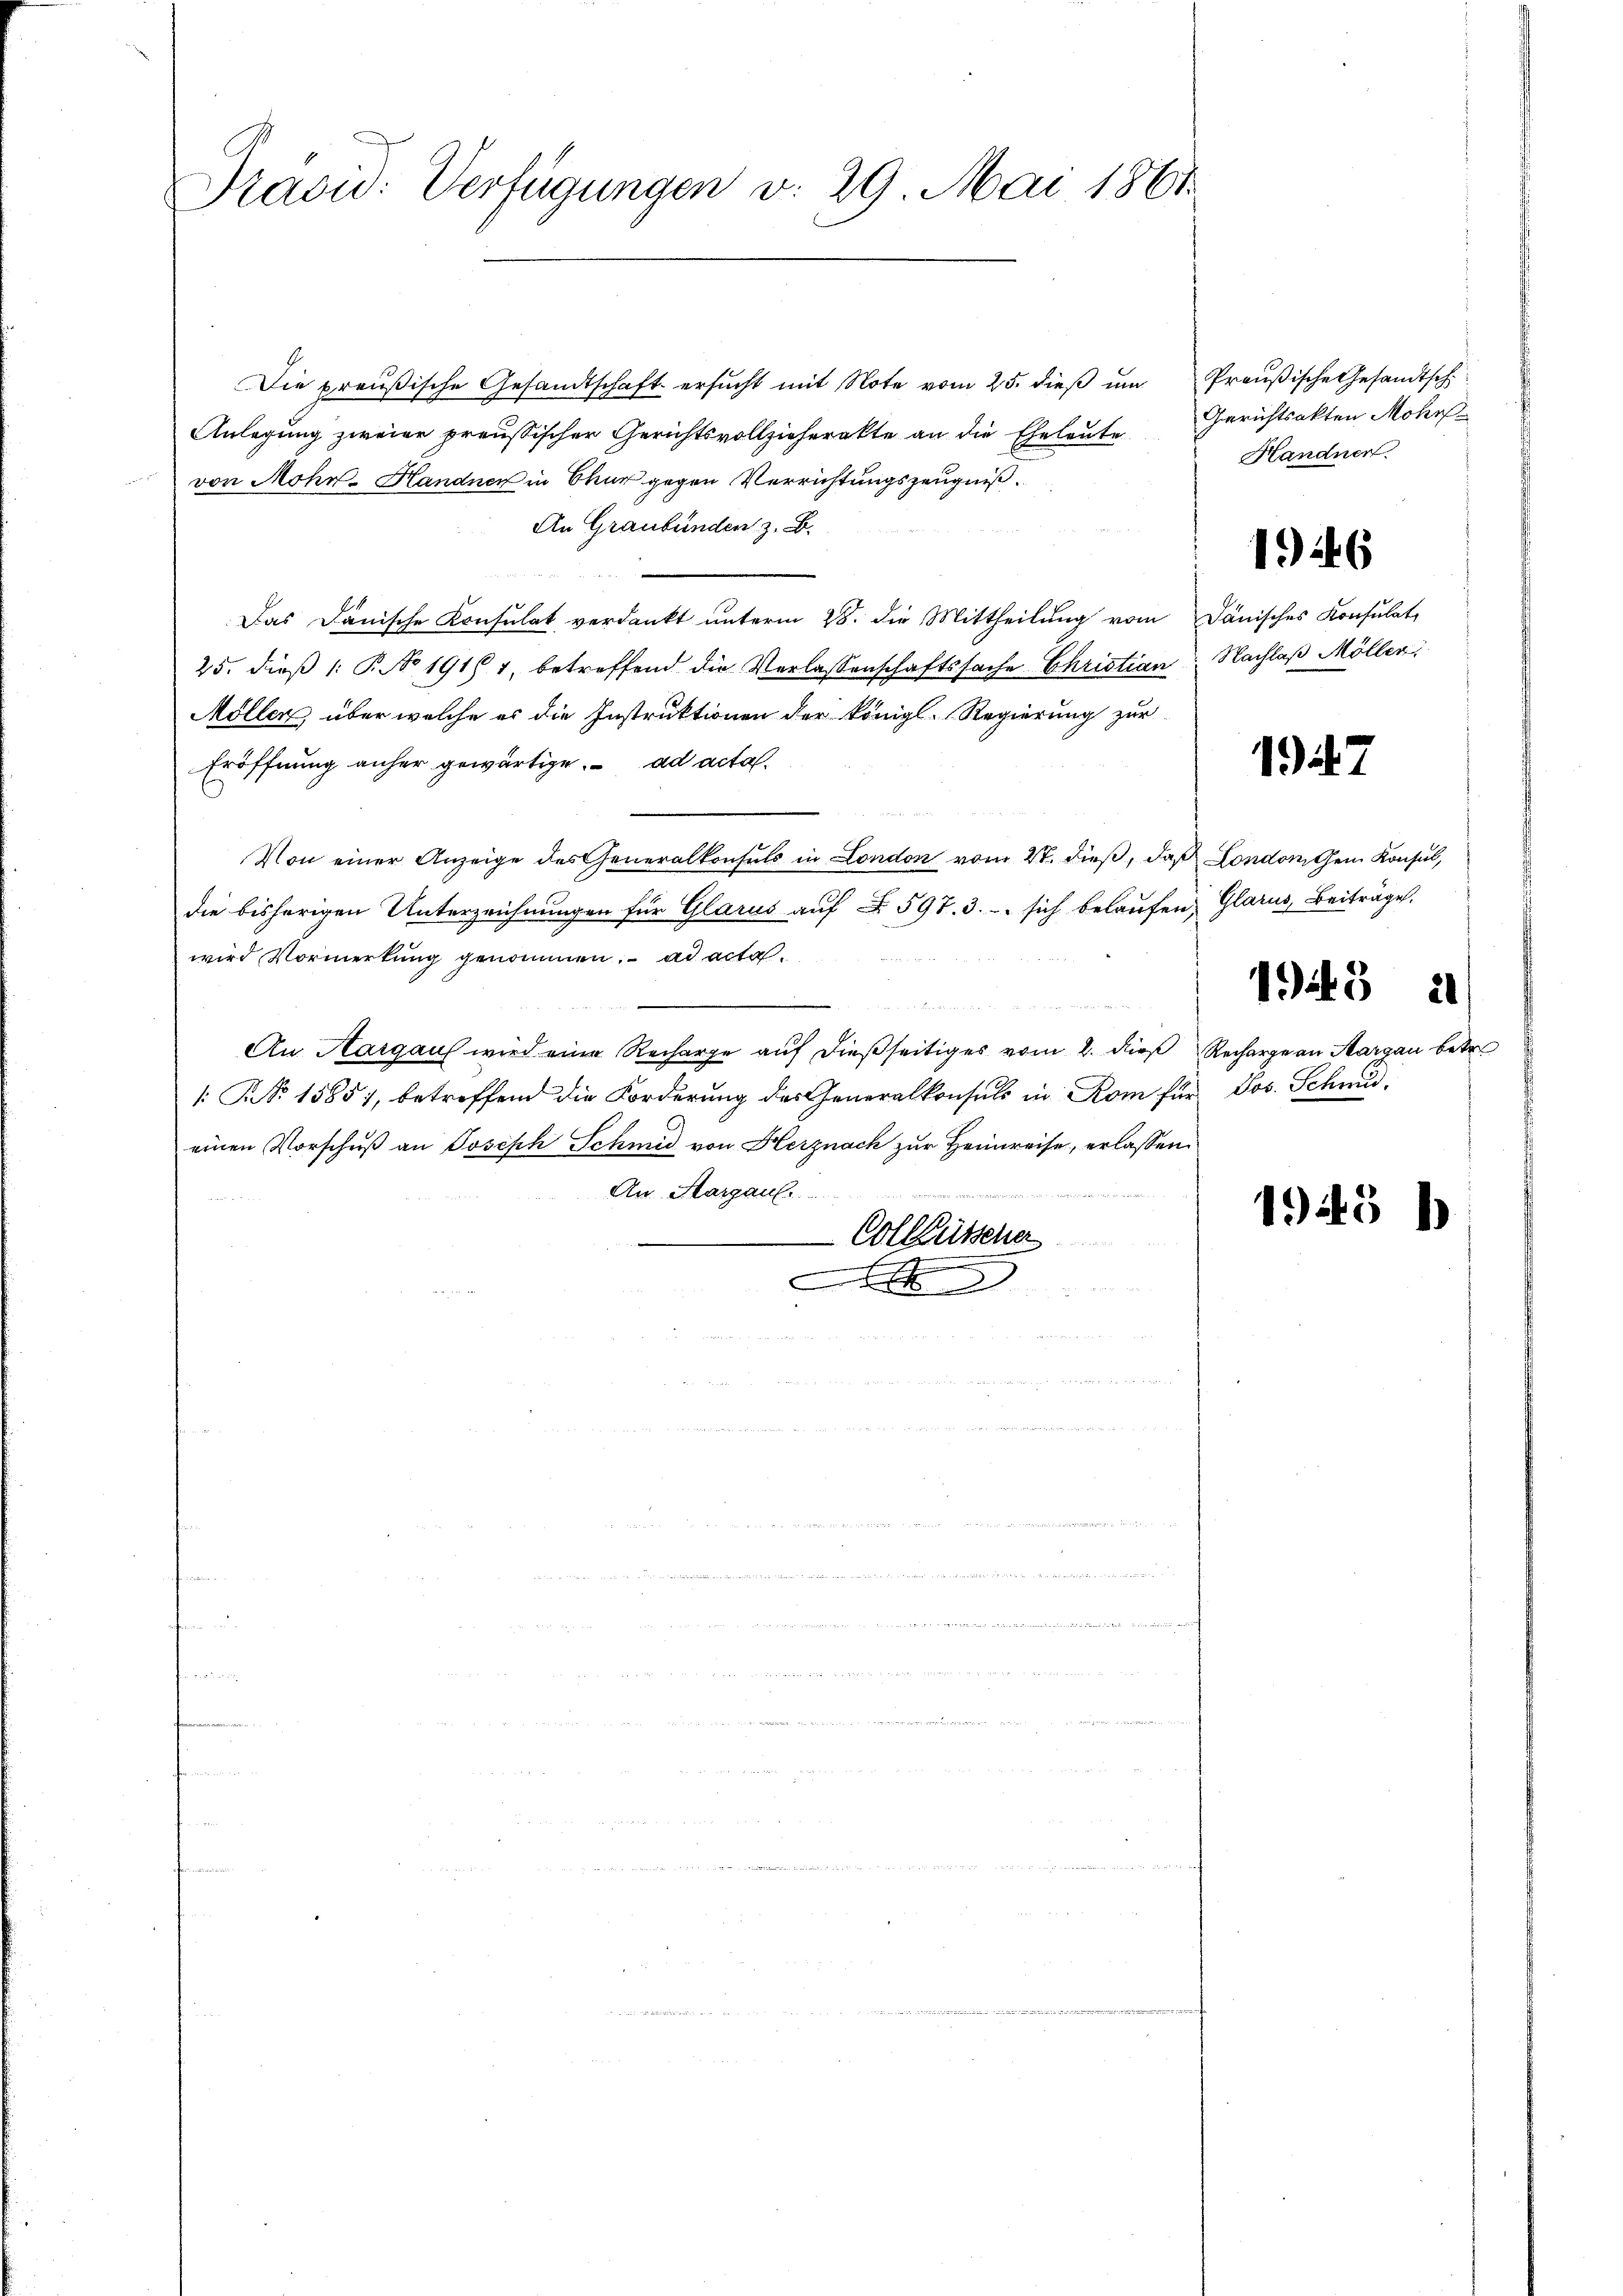
Die preußische Gesandtschaft ersŭcht mit Note vom 25. dieβ ŭm Preußische Gesandtsch
Anlegung zweier preussischer Gerichtsvollzieherakte an die Eheleute
von Mohn- Handner in Chur gegen Verrichtungszeugniß.
An Graubünden z. B.
Das Dänische Konsulat verdankt unterm 28. die Mittheilung vom dänisches Konsulat,
25. dieß 1: P. No 1911, betreffend die Verlassenschaftssache Christian Nachlaβ Möller
Möller über welche es die Instruktionen der Königl. Regierung zur
Eröffnung anher gewärtige. ad acta
Von einer Anzeige des Generalkonsuls in London vom 27. dieß, daß London dem Konsul,
die bisherigen Unterzeichnungen für Glarus auf § 597. 3. sich belaufen, Glarus, Beiträge.
wird Vormerkung genommen. ad acta
und
An Aargaus wird eine Recharge auf dießseitiges vom 2. dieß
[: No 1585, betreffend die Forderung des Generalkonsuls in Rom für Jos. Schnu
einen Vorschuß an Joseph Schmid von Herznach zur Heimreise, erlassen:
An Margau.
Colküsscher

Präsid. Verfügungen v. 29. Mai 1861

Gerichtsakten Mohr
Handner.

1946

1) ad 2.

49443 21

Recharge an Margau betr

199